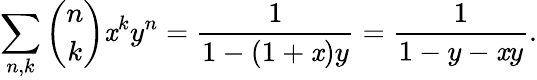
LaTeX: \sum_{n,k}{\binom{n}{k}}\mathit{x}^{k}y^{n}={\frac{{1}}{{1-(1+\mathit{x})y}}}={\frac{{1}}{{1-y-\mathit{x}y}}}.